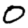
Digit: 0